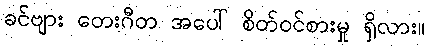
ခင်ဗျား တေးဂီတ အပေါ် စိတ်ဝင်စားမှု ရှိလား။